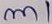
Text: m1